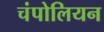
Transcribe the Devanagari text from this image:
चंपोलियन